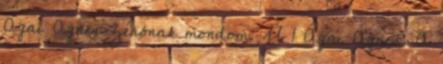
Ágai Ágnes Zénónak mondom. Ú 1 Ágai Ágnes: A